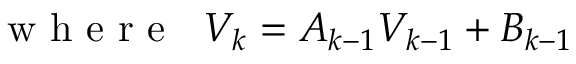
\mathrm { ~ w ~ h ~ e ~ r ~ e ~ \; ~ } V _ { k } = A _ { k - 1 } V _ { k - 1 } + B _ { k - 1 }